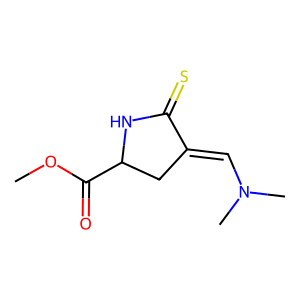
SMILES: COC(=O)C1CC(=CN(C)C)C(=S)N1
Inhibits HIV replication: No